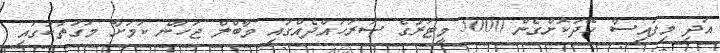
އަދި މިފައިސާ ހޭދަކޮށްގެން 5000 މީޓަރުގެ ސަރަހައްދެއްގައި މާބްލް ޖަހާނެ ކަމަށާ މަގުތަކުގައި